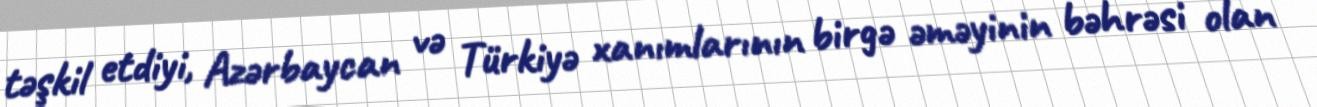
təşkil etdiyi, Azərbaycan və Türkiyə xanımlarının birgə əməyinin bəhrəsi olan